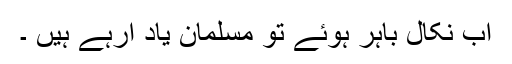
اب نکال باہر ہوئے تو مسلمان یاد آرہے ہیں ۔